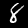
Digit: 8